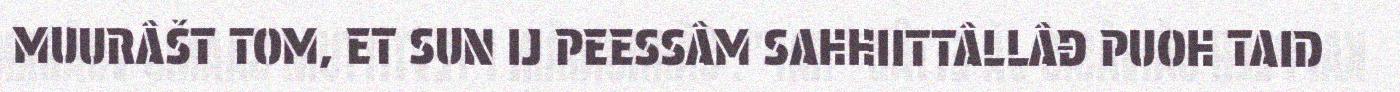
MUURÂŠT TOM, ET SUN IJ PEESSÂM SAHHIITTÂLLÂĐ PUOH TAID